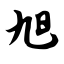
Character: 旭